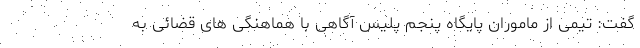
گفت: تیمی از ماموران پایگاه پنجم پلیس آگاهی با هماهنگی های قضائی به